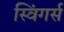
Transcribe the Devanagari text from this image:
स्विंगर्स